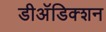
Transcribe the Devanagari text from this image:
डीअॅडिक्शन